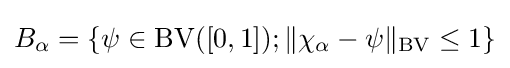
B_{\alpha }=\left\{\psi \in \operatorname {\operatorname {BV} } ([0,1]);\Vert \chi _{\alpha }-\psi \Vert _{\operatorname {BV} }\leq 1\right\}